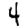
Digit: 4